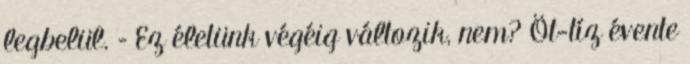
legbelül. – Ez életünk végéig változik, nem? Öt-tíz évente